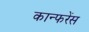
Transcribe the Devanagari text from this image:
कान्फरेंस